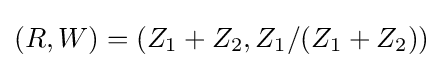
(R,W)=(Z_{1}+Z_{2},Z_{1}/(Z_{1}+Z_{2}))